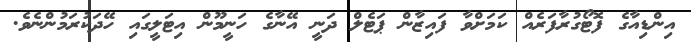
އިންޑިއާގެ ފޮޓޯގުރާފަރެއް ކަމަށްވާ ފައިޒާން ޕަޓެލް ދަނީ އޭނާގެ ހަނީމޫން އިޓަލީގައި ހޭދަކުރަމުންނެވެ.